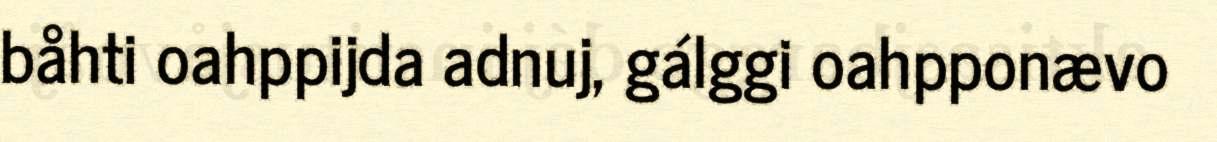
båhti oahppijda adnuj, gálggi oahpponævo